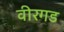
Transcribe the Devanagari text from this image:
वीरगड